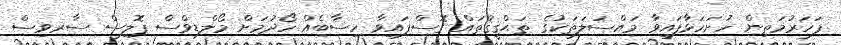
ފަހަރުމަތިން ހުށަހަޅާފައިވާ މައްސަލަތަކުގެ ތަޙްޤީޤުތައް ގޮސްފައިވާ ހިސާބެއް ހޯދުމަށް މޯލްޑިވްސް ޕޮލިސް ސާރވިސް